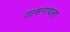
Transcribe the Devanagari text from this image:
तासगावला